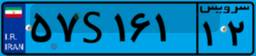
۵۷S۱۶۱۱۲